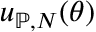
u _ { \mathbb { P } , N } \mathopen { } \mathclose \bgroup \left( \theta \aftergroup \egroup \right)